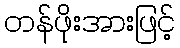
တန်ဖိုးအားဖြင့်